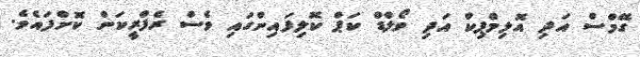
ގޭމްސް އަދި އޮލިމްޕިކް އަދި ވޯލްޑް ކަޕް ކޮލިފައިންގައި ވެސް ރެފްރީކަން ކޮށްފައެވެ.